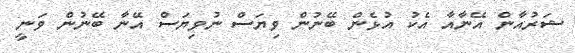
ޝަރުއާން އޭނާއާ އެކު އުޅެން ބޭނުން ވިޔަސް ނުވިޔަސް އޭނާ ބޭނުން ވަނީ